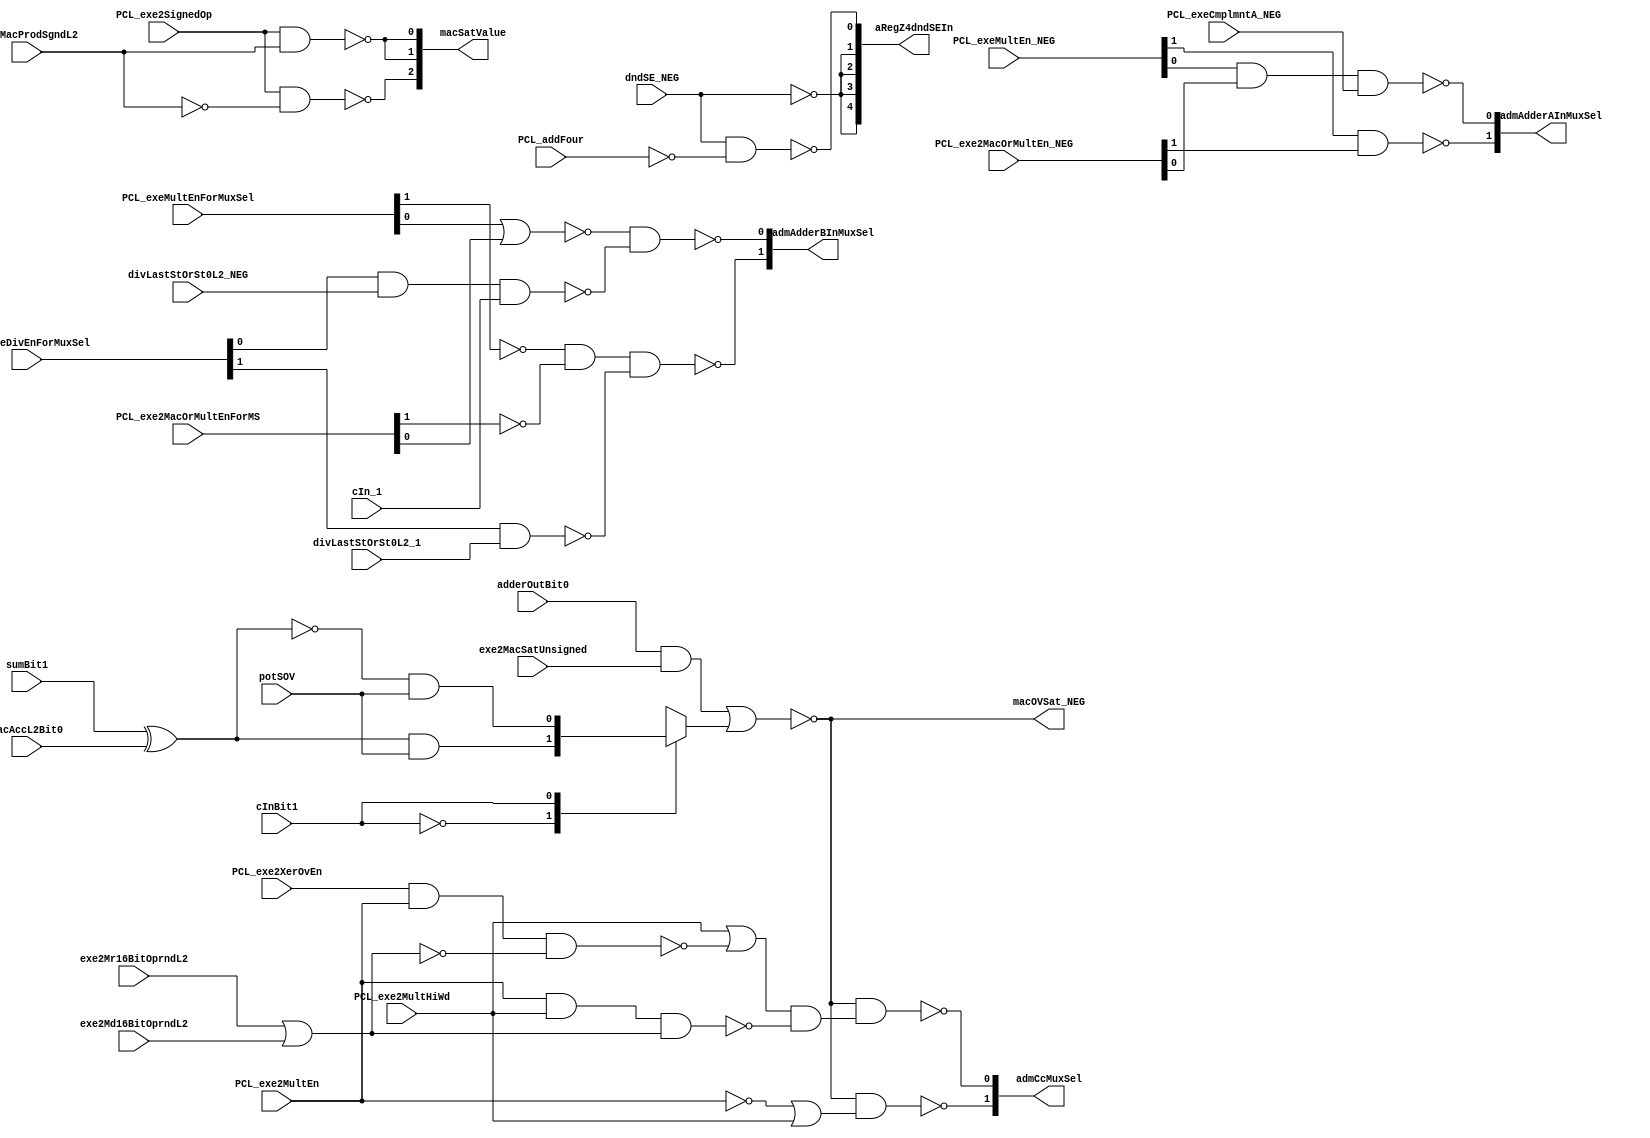
module p405s_sdtGates( aRegZ4dndSEIn, admAdderAInMuxSel, admAdderBInMuxSel,
     admCcMuxSel, macOVSat_NEG, macSatValue, PCL_addFour,
     PCL_exe2MacOrMultEnForMS, PCL_exe2MacOrMultEn_NEG, PCL_exe2MultEn,
     PCL_exe2MultHiWd, PCL_exe2SignedOp, PCL_exe2XerOvEn, PCL_exeCmplmntA_NEG,
     PCL_exeDivEnForMuxSel, PCL_exeMultEnForMuxSel, PCL_exeMultEn_NEG,
     adderOutBit0, cInBit1, cIn_1, divLastStOrSt0L2_1, divLastStOrSt0L2_NEG, dndSE_NEG,
     exe2MacProdSgndL2, exe2MacSatUnsigned, exe2Md16BitOprndL2, exe2Mr16BitOprndL2,
     macAccL2Bit0, potSOV, sumBit1 );
output  macOVSat_NEG;


input  PCL_addFour, PCL_exe2MultEn, PCL_exe2MultHiWd, PCL_exe2SignedOp, PCL_exe2XerOvEn,
     PCL_exeCmplmntA_NEG, adderOutBit0, cInBit1, cIn_1, divLastStOrSt0L2_1,
     divLastStOrSt0L2_NEG, dndSE_NEG, exe2MacProdSgndL2, exe2MacSatUnsigned,
     exe2Md16BitOprndL2, exe2Mr16BitOprndL2, macAccL2Bit0, potSOV, sumBit1;

output [0:4]  aRegZ4dndSEIn;
output [0:1]  admCcMuxSel;
output [0:1]  admAdderBInMuxSel;
output [0:2]  macSatValue;
output [0:1]  admAdderAInMuxSel;


input [0:1]  PCL_exeMultEn_NEG;
input [0:1]  PCL_exeMultEnForMuxSel;
input [0:1]  PCL_exe2MacOrMultEnForMS;
input [0:1]  PCL_exe2MacOrMultEn_NEG;
input [0:1]  PCL_exeDivEnForMuxSel;



   // Replacing instantiation: INVERT SDT_aRegZ4dndSE1
   wire symNet139;
   assign aRegZ4dndSEIn[0] = ~(symNet139);

   // Replacing instantiation: INVERT SDT_aRegZ4dndSE2
   assign aRegZ4dndSEIn[1] = ~(symNet139);

   // Replacing instantiation: INVERT SDT_aRegZ4dndSE3
   wire symNet135;
   assign aRegZ4dndSEIn[2] = ~(symNet135);

   // Replacing instantiation: INVERT SDT_aRegZ4dndSE4
   assign aRegZ4dndSEIn[3] = ~(symNet135);

   // Replacing instantiation: INVERT SDT_dndSE
   wire symNet268;
   assign symNet268 = ~(dndSE_NEG);

   // Replacing instantiation: INVERT I86
   wire symNet144;
   assign symNet144 = ~(PCL_addFour);

   // Replacing instantiation: INVERT SDT_exe2MultEnInv
   wire symNet90;
   assign symNet90 = ~(PCL_exe2MultEn);

   // Replacing instantiation: OA21 SDT_cc1_3
   wire symNet99;
   wire symNet95;
   wire symNet93;
   assign symNet93 = (PCL_exe2MultHiWd | symNet99) & symNet95;

   // Replacing instantiation: NAND3 SDT_cc1_2
   wire symNet109;
   assign symNet95 = ~( PCL_exe2MultEn & PCL_exe2MultHiWd & symNet109 );

   // Replacing instantiation: NAND3 SDT_cc1_1
   wire symNet103;
   assign symNet99 = ~( PCL_exe2XerOvEn & PCL_exe2MultEn & symNet103 );

   // Replacing instantiation: NOR2 SDT_not16BitOprnd
   assign symNet103 = ~( exe2Mr16BitOprndL2 | exe2Md16BitOprndL2 );

   // Replacing instantiation: OR2 SDT_16BitOprnd
   assign symNet109 = exe2Mr16BitOprndL2 | exe2Md16BitOprndL2;

   // Replacing instantiation: OR2 SDT_admCc0Sel
   wire symNet106;
   assign symNet106 = symNet90 | PCL_exe2MultHiWd;

   // Replacing instantiation: INVERT SDT_macProdSgndInv
   wire symNet162;
   assign symNet162 = ~(exe2MacProdSgndL2);

   // Replacing instantiation: INVERT SDT_dndSeNeg1
   assign symNet139 = ~(symNet268);

   // Replacing instantiation: INVERT SDT_dndSeNeg2
   assign symNet135 = ~(symNet268);

   // Replacing instantiation: XNOR2 SDT_macEq
   wire symNet128;
   assign symNet128 = ~( sumBit1 ^ macAccL2Bit0 );

   // Replacing instantiation: XOR2 SDT_macDiff
   wire symNet131;
   assign symNet131 = sumBit1 ^ macAccL2Bit0;

   // Replacing instantiation: MUX21I SDT_macSgndOVSatForCc
   wire symNet133;
   reg symNet158;
   wire symNet166;
   //Replace with mux to change from unknown with select unknown
   //to an input
   always @(symNet133 or cInBit1 or symNet166) begin
     case (cInBit1)
       1'b0 : symNet158 = ~symNet133;
       1'b1 : symNet158 = ~symNet166;
       default : symNet158 = ~symNet133;
     endcase
   end
   //assign symNet158 = ~( (symNet133 & ~(cInBit1)) | (symNet166 & cInBit1) );

   // Replacing instantiation: MUX21I SDT_macSgndOVSat
   reg symNet134;
   //Replace with mux to change from unknown with select unknown
   //to an input
   always @(symNet133 or cInBit1 or symNet166) begin
     case (cInBit1)
       1'b0 : symNet134 = ~symNet133;
       1'b1 : symNet134 = ~symNet166;
       default : symNet134 = ~symNet133;
     endcase
   end
   //assign symNet134 = ~( (symNet133 & ~(cInBit1)) | (symNet166 & cInBit1) );

   // Replacing instantiation: AOI21 SDT_macOvSatForCc
   wire symNet205;
   assign symNet205 = ~( (adderOutBit0 & exe2MacSatUnsigned) | symNet158 );

   // Replacing instantiation: AOI21 SDT_macOVSat
   assign macOVSat_NEG = ~( (adderOutBit0 & exe2MacSatUnsigned) | symNet134 );

   // Replacing instantiation: NAND3 SDT_admAdderBIn1DivPath
   wire symNet141;
   assign symNet141 = ~( PCL_exeDivEnForMuxSel[1] & divLastStOrSt0L2_NEG & cIn_1 );

   // Replacing instantiation: NAND2 SDT_admAdderBIn0DivPath
   wire symNet147;
   assign symNet147 = ~( PCL_exeDivEnForMuxSel[0] & divLastStOrSt0L2_1 );

   // Replacing instantiation: INVERT SDT_admAdderBIn0Exe2Path
   wire symNet149;
   assign symNet149 = ~(PCL_exe2MacOrMultEnForMS[0]);

   // Replacing instantiation: INVERT SDT_admAdderBIn0Exe1Path
   wire symNet151;
   assign symNet151 = ~(PCL_exeMultEnForMuxSel[0]);

   // Replacing instantiation: NOR2 SDT_admAdderBIn1MultPath
   wire symNet170;
   assign symNet170 = ~( PCL_exeMultEnForMuxSel[1] | PCL_exe2MacOrMultEnForMS[1] );

   // Replacing instantiation: NAND2 SDT_macBit1Diff
   assign symNet133 = ~( symNet131 & potSOV );

   // Replacing instantiation: NAND2 SDT_aRegZ4dndSE5
   assign aRegZ4dndSEIn[4] = ~( dndSE_NEG & symNet144 );

   // Replacing instantiation: NAND2 SDT_macBit1Eq
   assign symNet166 = ~( symNet128 & potSOV );

   // Replacing instantiation: NAND2 SDT_admAdderBInMuxSel1
   assign admAdderBInMuxSel[1] = ~( symNet170 & symNet141 );

   // Replacing instantiation: NAND2 SDT_macSatVal0
   assign macSatValue[0] = ~( PCL_exe2SignedOp & symNet162 );

   // Replacing instantiation: NAND2 SDT_macSatVal2
   assign macSatValue[2] = ~( PCL_exe2SignedOp & exe2MacProdSgndL2 );

   // Replacing instantiation: NAND2 SDT_macSatVal1
   assign macSatValue[1] = ~( PCL_exe2SignedOp & exe2MacProdSgndL2 );

   // Replacing instantiation: NAND2 SDT_admCcMuxSel1
   assign admCcMuxSel[1] = ~( symNet205 & symNet93 );

   // Replacing instantiation: NAND2 SDT_admCcMuxSel0
   assign admCcMuxSel[0] = ~( symNet205 & symNet106 );

   // Replacing instantiation: NAND2 SDT_admAdderAInMuxSel0
   assign admAdderAInMuxSel[0] = ~( PCL_exeMultEn_NEG[0] & PCL_exe2MacOrMultEn_NEG[0] );

   // Replacing instantiation: NAND3 SDT_admAdderBInMuxSel0
   assign admAdderBInMuxSel[0] = ~( symNet151 & symNet149 & symNet147 );

   // Replacing instantiation: NAND3 SDT_admAdderAInMuxSel1
   assign admAdderAInMuxSel[1] = ~( PCL_exeMultEn_NEG[1] & PCL_exe2MacOrMultEn_NEG[1] & PCL_exeCmplmntA_NEG );


endmodule